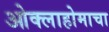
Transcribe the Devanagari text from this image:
ओक्लाहोमाचा